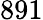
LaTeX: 891